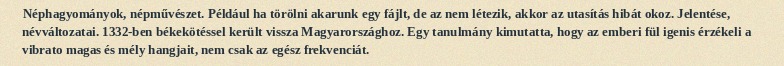
Néphagyományok, népművészet. Például ha törölni akarunk egy fájlt, de az nem létezik, akkor az utasítás hibát okoz. Jelentése, névváltozatai. 1332-ben békekötéssel került vissza Magyarországhoz. Egy tanulmány kimutatta, hogy az emberi fül igenis érzékeli a vibrato magas és mély hangjait, nem csak az egész frekvenciát.